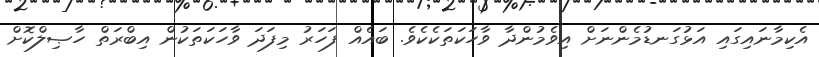
އެކިމާނައިގައި އަޅުގަނޑުމެންނަށް އިވެމުންދާ ވާހަކަތަކެކެވެ. ބައެއް ފަހަރު މިފަދަ ވާހަކަތަކުން އިބްރަތް ހާޞިލްކޮށް